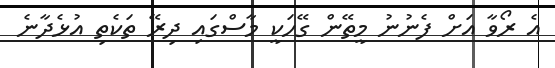
އެ ރޯވާ އަށް ފެނުނު މީތޭން ގޭހަކީ މާސްގައި ދިރޭ ތަކެތި އުޅެދާނެ